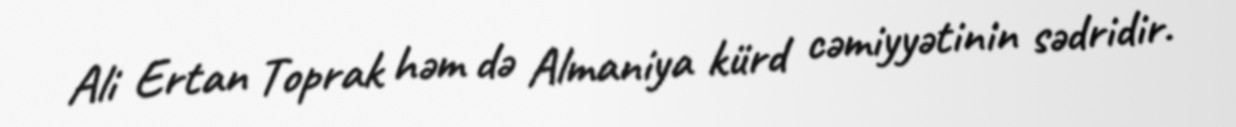
Ali Ertan Toprak həm də Almaniya kürd cəmiyyətinin sədridir.